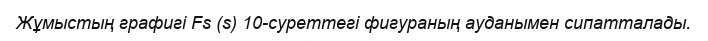
Жұмыстың графигі Fs (s) 10-суреттегі фигураның ауданымен сипатталады.